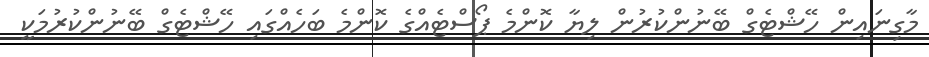
މާގިނައިން ހޭޝްޓެގް ބޭނުންކުރުން ލިޔާ ކޮންމެ ޕޯސްޓެއްގެ ކޮންމެ ބަހެއްގައި ހޭޝްޓެގް ބޭނުންކުރުމަކީ